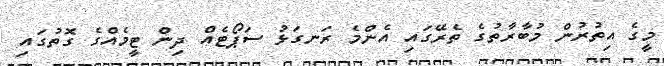
މީގެ އިތުރުން މުބާރާތުގެ ތެރޭގައި އެންމެ ރަނގަޅު ސަޕޯޓެއް ދިން ޓީމެއްގެ ގޮތުގައި